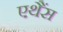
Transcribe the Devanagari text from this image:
एथैंस